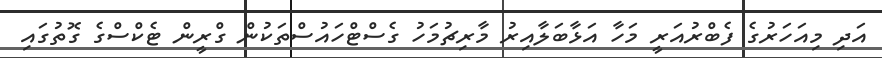
އަދި މިއަހަރުގެ ފެބްރުއަރީ މަހާ އަޅާބަލާއިރު މާރިޗުމަހު ގެސްޓްހައުސްތަކުން ގްރީން ޓެކްސްގެ ގޮތުގައި